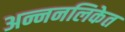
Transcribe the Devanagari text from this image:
अन्ननलिकेत